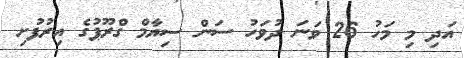
އަދި މި މަހު 26 ވަނަ ދުވަހު ސަން ސިޔާމް ގްރޫޕުގެ އިރުފުށި